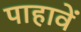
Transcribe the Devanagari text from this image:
पाहावें